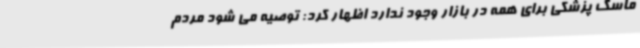
ماسک پزشکی برای همه در بازار وجود ندارد اظهار کرد: توصیه می شود مردم